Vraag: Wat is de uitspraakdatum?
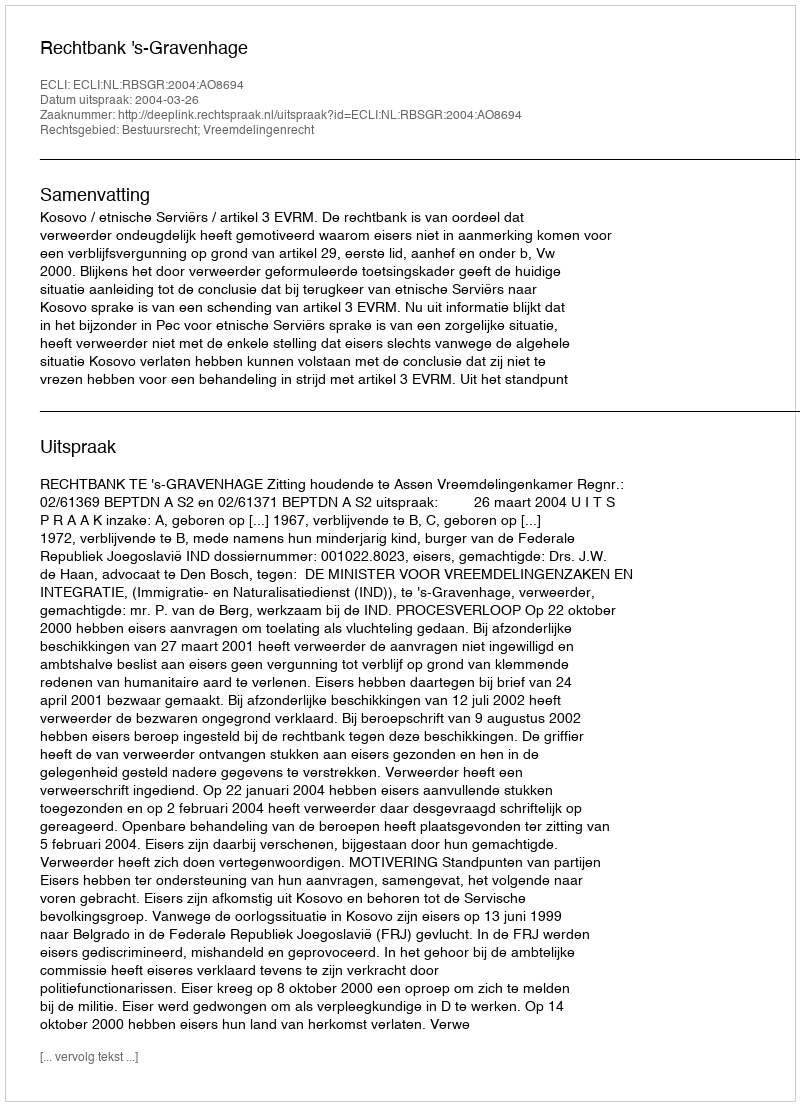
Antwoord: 2004-03-26